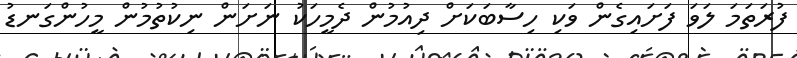
ފުރަތަމަ ލަވަ ފަށައިގެން ވަކި ހިސާބަކަށް ދިއުމުން ދެމީހަކު ނަށަން ނިކުތުމުން މީހުންގަނޑު